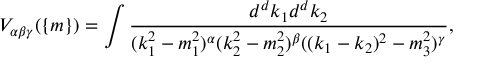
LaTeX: V _ { \alpha \beta \gamma } ( \{ m \} ) = \int \frac { d ^ { d } k _ { 1 } d ^ { d } k _ { 2 } } { ( k _ { 1 } ^ { 2 } - m _ { 1 } ^ { 2 } ) ^ { \alpha } ( k _ { 2 } ^ { 2 } - m _ { 2 } ^ { 2 } ) ^ { \beta } ( ( k _ { 1 } - k _ { 2 } ) ^ { 2 } - m _ { 3 } ^ { 2 } ) ^ { \gamma } } ,